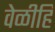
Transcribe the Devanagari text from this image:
वेळीहि